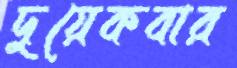
দুয়েকবার